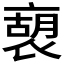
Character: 𧛫